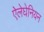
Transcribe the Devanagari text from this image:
ऐलेघेनियन